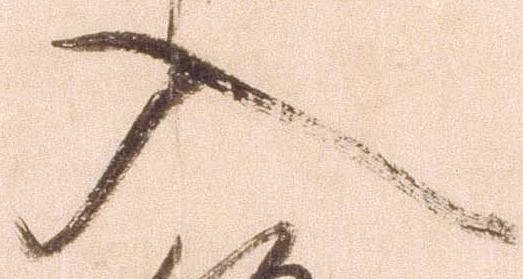
入